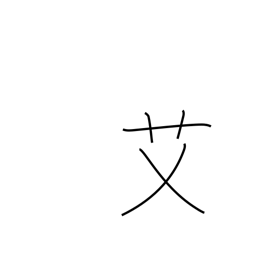
Meaning: wormwood